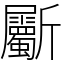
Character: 斸